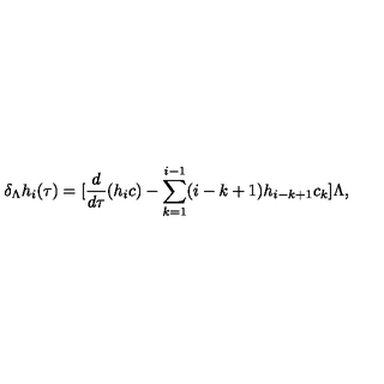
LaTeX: \delta _ { \Lambda } h _ { i } ( \tau ) = [ \frac { d } { d \tau } ( h _ { i } c ) - \sum _ { k = 1 } ^ { i - 1 } ( i - k + 1 ) h _ { i - k + 1 } c _ { k } ] \Lambda ,